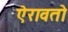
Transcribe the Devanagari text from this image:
ऐरावतो